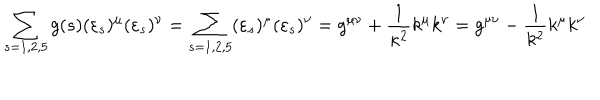
\sum _ { s = 1 , 2 , 5 } g ( s ) ( \varepsilon _ { s } ) ^ { \mu } ( \varepsilon _ { s } ) ^ { \nu } = \sum _ { s = 1 , 2 , 5 } ( \varepsilon _ { s } ) ^ { \mu } ( \varepsilon _ { s } ) ^ { \nu } = g ^ { \mu \nu } + \frac { 1 } { \kappa ^ { 2 } } k ^ { \mu } k ^ { \nu } = g ^ { \mu \nu } - \frac { 1 } { k ^ { 2 } } k ^ { \mu } k ^ { \nu }